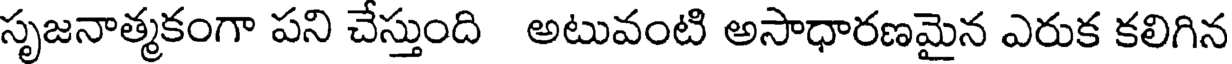
సృజనాత్మకంగా పని చేస్తుంది అటువంటి అసాధారణమైన ఎరుక కలిగిన